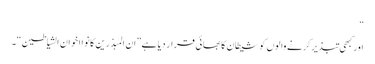
“
اور کبھی تبذیر کرنے والوں کو شیطان کا بھائی قرار دیا ہے”ان المبذرین کانوا اخوان الشیاطین“۔